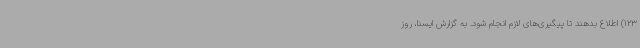
123) اطلاع بدهند تا پیگیری‌های لازم انجام شود. به گزارش ایسنا، روز